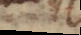
s